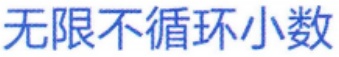
无限不循环小数